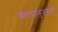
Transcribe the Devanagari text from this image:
श्रीरामानुजचार्य